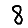
Digit: 8